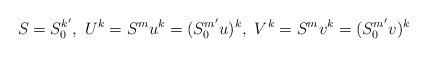
LaTeX: \begin{align*}S=S_{0}^{k'},\ U^{k}=S^{m}u^{k}=(S_{0}^{m'}u)^{k},\ V^{k}=S^{m}v^{k}=(S_{0}^{m'}v)^{k}\end{align*}